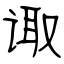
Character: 诹